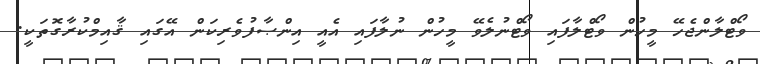
ވޯޓްލާންޖެހޭ މީހުން ވޯޓްލާފައި ވޯޓްނުލެވޭ މީހުން ނުލާފައި އެއީ އިންޞާފުވެރިކަން އޭގައި ޤާއިމްކުރާގޮތަކީ.